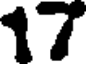
17